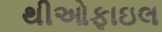
થીઓફાઇલ